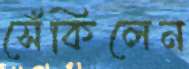
সেঁকিলেন